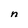
Character: n